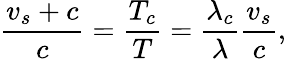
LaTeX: \frac{v_{s}+c}{c}=\frac{T_{c}}{T}=\frac{\lambda_{c}}{\lambda}\frac{v_{s}}{c},\